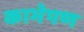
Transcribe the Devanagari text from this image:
कामेपण